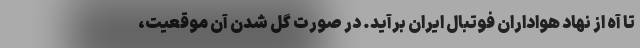
تا آه از نهاد هواداران فوتبال ایران برآید. در صورت گل شدن آن موقعیت،